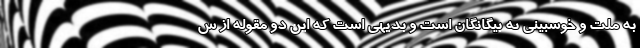
به ملت و خوشبینی به بیگانگان است و بدیهی است که این دو مقوله از س